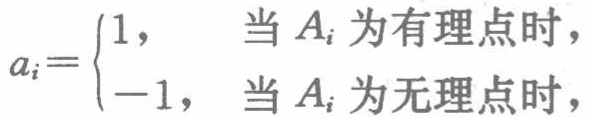
\[a_{i}=

\begin{cases}

1, & \text{当 }A_{i}\text{ 为有理点时},\\

-1, & \text{当 }A_{i}\text{ 为无理点时},

\end{cases}\]